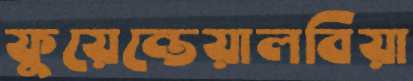
ফুয়েন্তেয়ালবিয়া